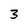
Character: 3